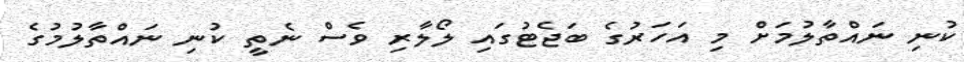
ކުނި ނައްތާލުމަށް މި އަހަރުގެ ބަޖެޓުގައި ލޯލާރި ވެސް ނެތީ ކުނި ނައްތާލުމުގެ